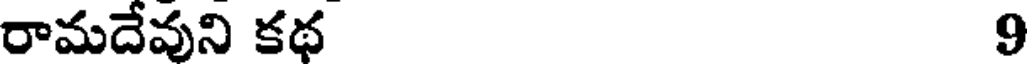
రామదేవుని కథ 9